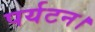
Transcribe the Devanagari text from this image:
पर्यटन।